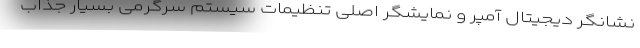
نشانگر دیجیتال آمپر و نمایشگر اصلی تنظیمات سیستم سرگرمی بسیار جذاب